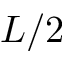
L / 2